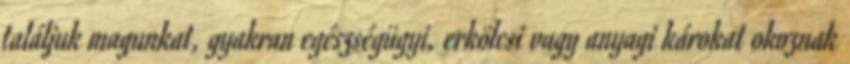
találjuk magunkat, gyakran egészségügyi, erkölcsi vagy anyagi károkat okoznak